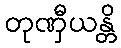
တုဏှီယန္တိ